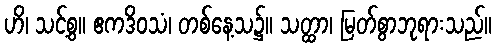
ဟိ၊ သင့်စွ။ ဧကဒိဝသံ၊ တစ်နေ့သ၌။ သတ္ထာ၊ မြတ်စွာဘုရားသည်။